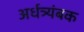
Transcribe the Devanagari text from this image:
अर्धत्र्यंबक